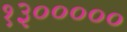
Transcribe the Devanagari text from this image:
१३०००००